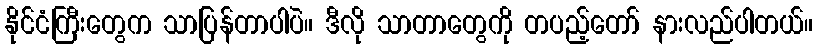
နိုင်ငံကြီးတွေက သာပြန်တာပါပဲ။ ဒီလို သာတာတွေကို တပည့်တော် နားလည်ပါတယ်။